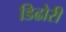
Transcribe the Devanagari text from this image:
डिढोरी